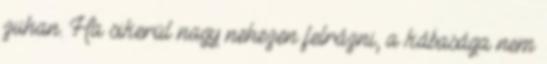
zuhan. Ha sikerül nagy nehezen felrázni, a kábasága nem